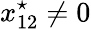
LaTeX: x_{12}^{\star}\neq 0